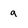
Character: a